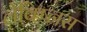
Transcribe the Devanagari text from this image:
लेक्ष्निस